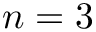
n = 3